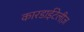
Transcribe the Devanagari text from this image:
कारडाईटेलीज़